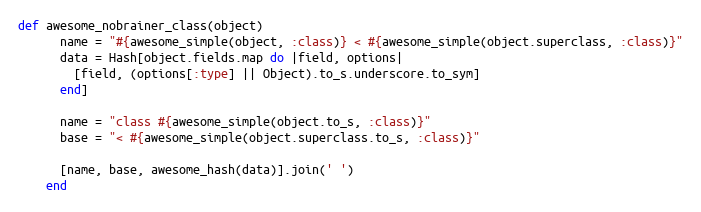
Language: Ruby
def awesome_nobrainer_class(object)
      name = "#{awesome_simple(object, :class)} < #{awesome_simple(object.superclass, :class)}"
      data = Hash[object.fields.map do |field, options|
        [field, (options[:type] || Object).to_s.underscore.to_sym]
      end]

      name = "class #{awesome_simple(object.to_s, :class)}"
      base = "< #{awesome_simple(object.superclass.to_s, :class)}"

      [name, base, awesome_hash(data)].join(' ')
    end